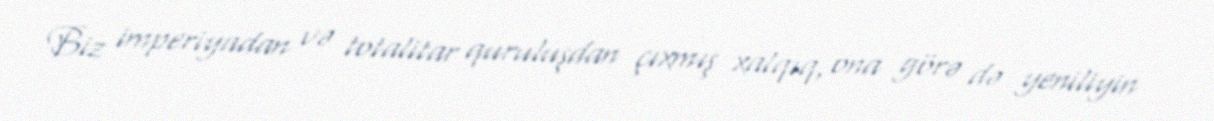
Biz imperiyadan və totalitar quruluşdan çıxmış xalqıq, ona görə də yeniliyin